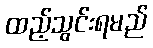
ထည့်သွင်းရမည်